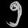
Digit: ၅